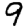
Digit: 9